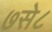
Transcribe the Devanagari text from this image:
७से८